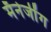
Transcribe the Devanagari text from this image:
मॅनेजींग